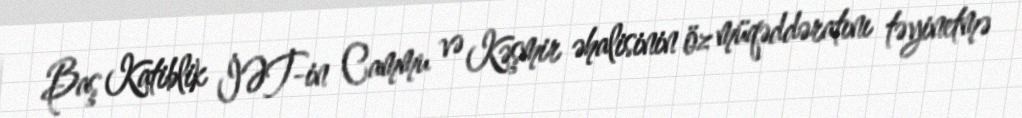
Baş Katiblik İƏT-in Cammu və Kəşmir əhalisinin öz müqəddəratını təyinetmə